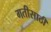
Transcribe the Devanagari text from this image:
गतीसाठी